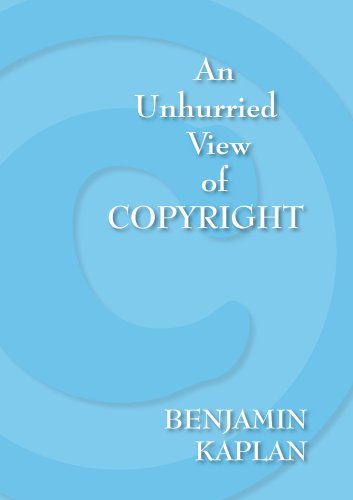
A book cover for An Unhurried View of Copyright; Benjamin Kaplan; Law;